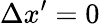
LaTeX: \Delta x^{\prime}=0